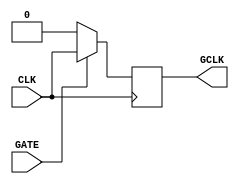
module ClockGating(
    input wire CLK,            // Primary clock signal
    input wire GATE,          // Gating control signal
    output reg GCLK           // Gated clock signal
);

always @(posedge CLK) begin
    if (GATE) begin
        GCLK <= CLK;           // Pass through the clock
    end else begin
        GCLK <= 1'b0;          // Hold GCLK low
    end
end

endmodule